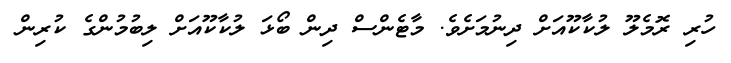
ހުރި ރޮމެލޫ ލުކާކޫއަށް ދިނުމަށެވެ. މާޓެންސް ދިން ބޯޅަ ލުކާކޫއަށް ލިބުމުންގެ ކުރިން